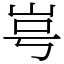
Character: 㞻